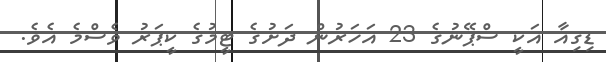
ޑިގިއާ އަކީ ސްޕޭނުގެ 23 އަހަރުން ދަށުގެ ޓީމުގެ ކީޕަރު ވެސްމެ އެވެ.